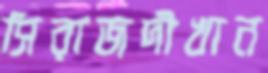
সিরাজদীখান